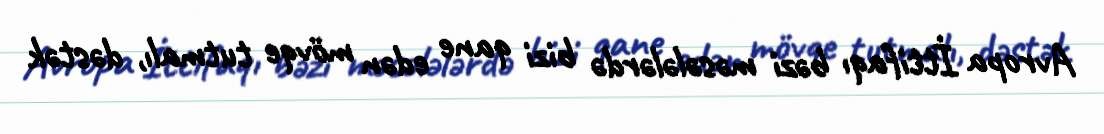
Avropa İttifaqı bəzi məsələlərdə bizi qane edən mövqe tutmalı, dəstək